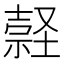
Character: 𡑚